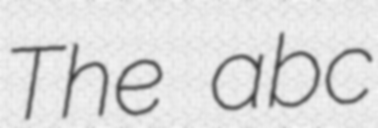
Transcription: The abc